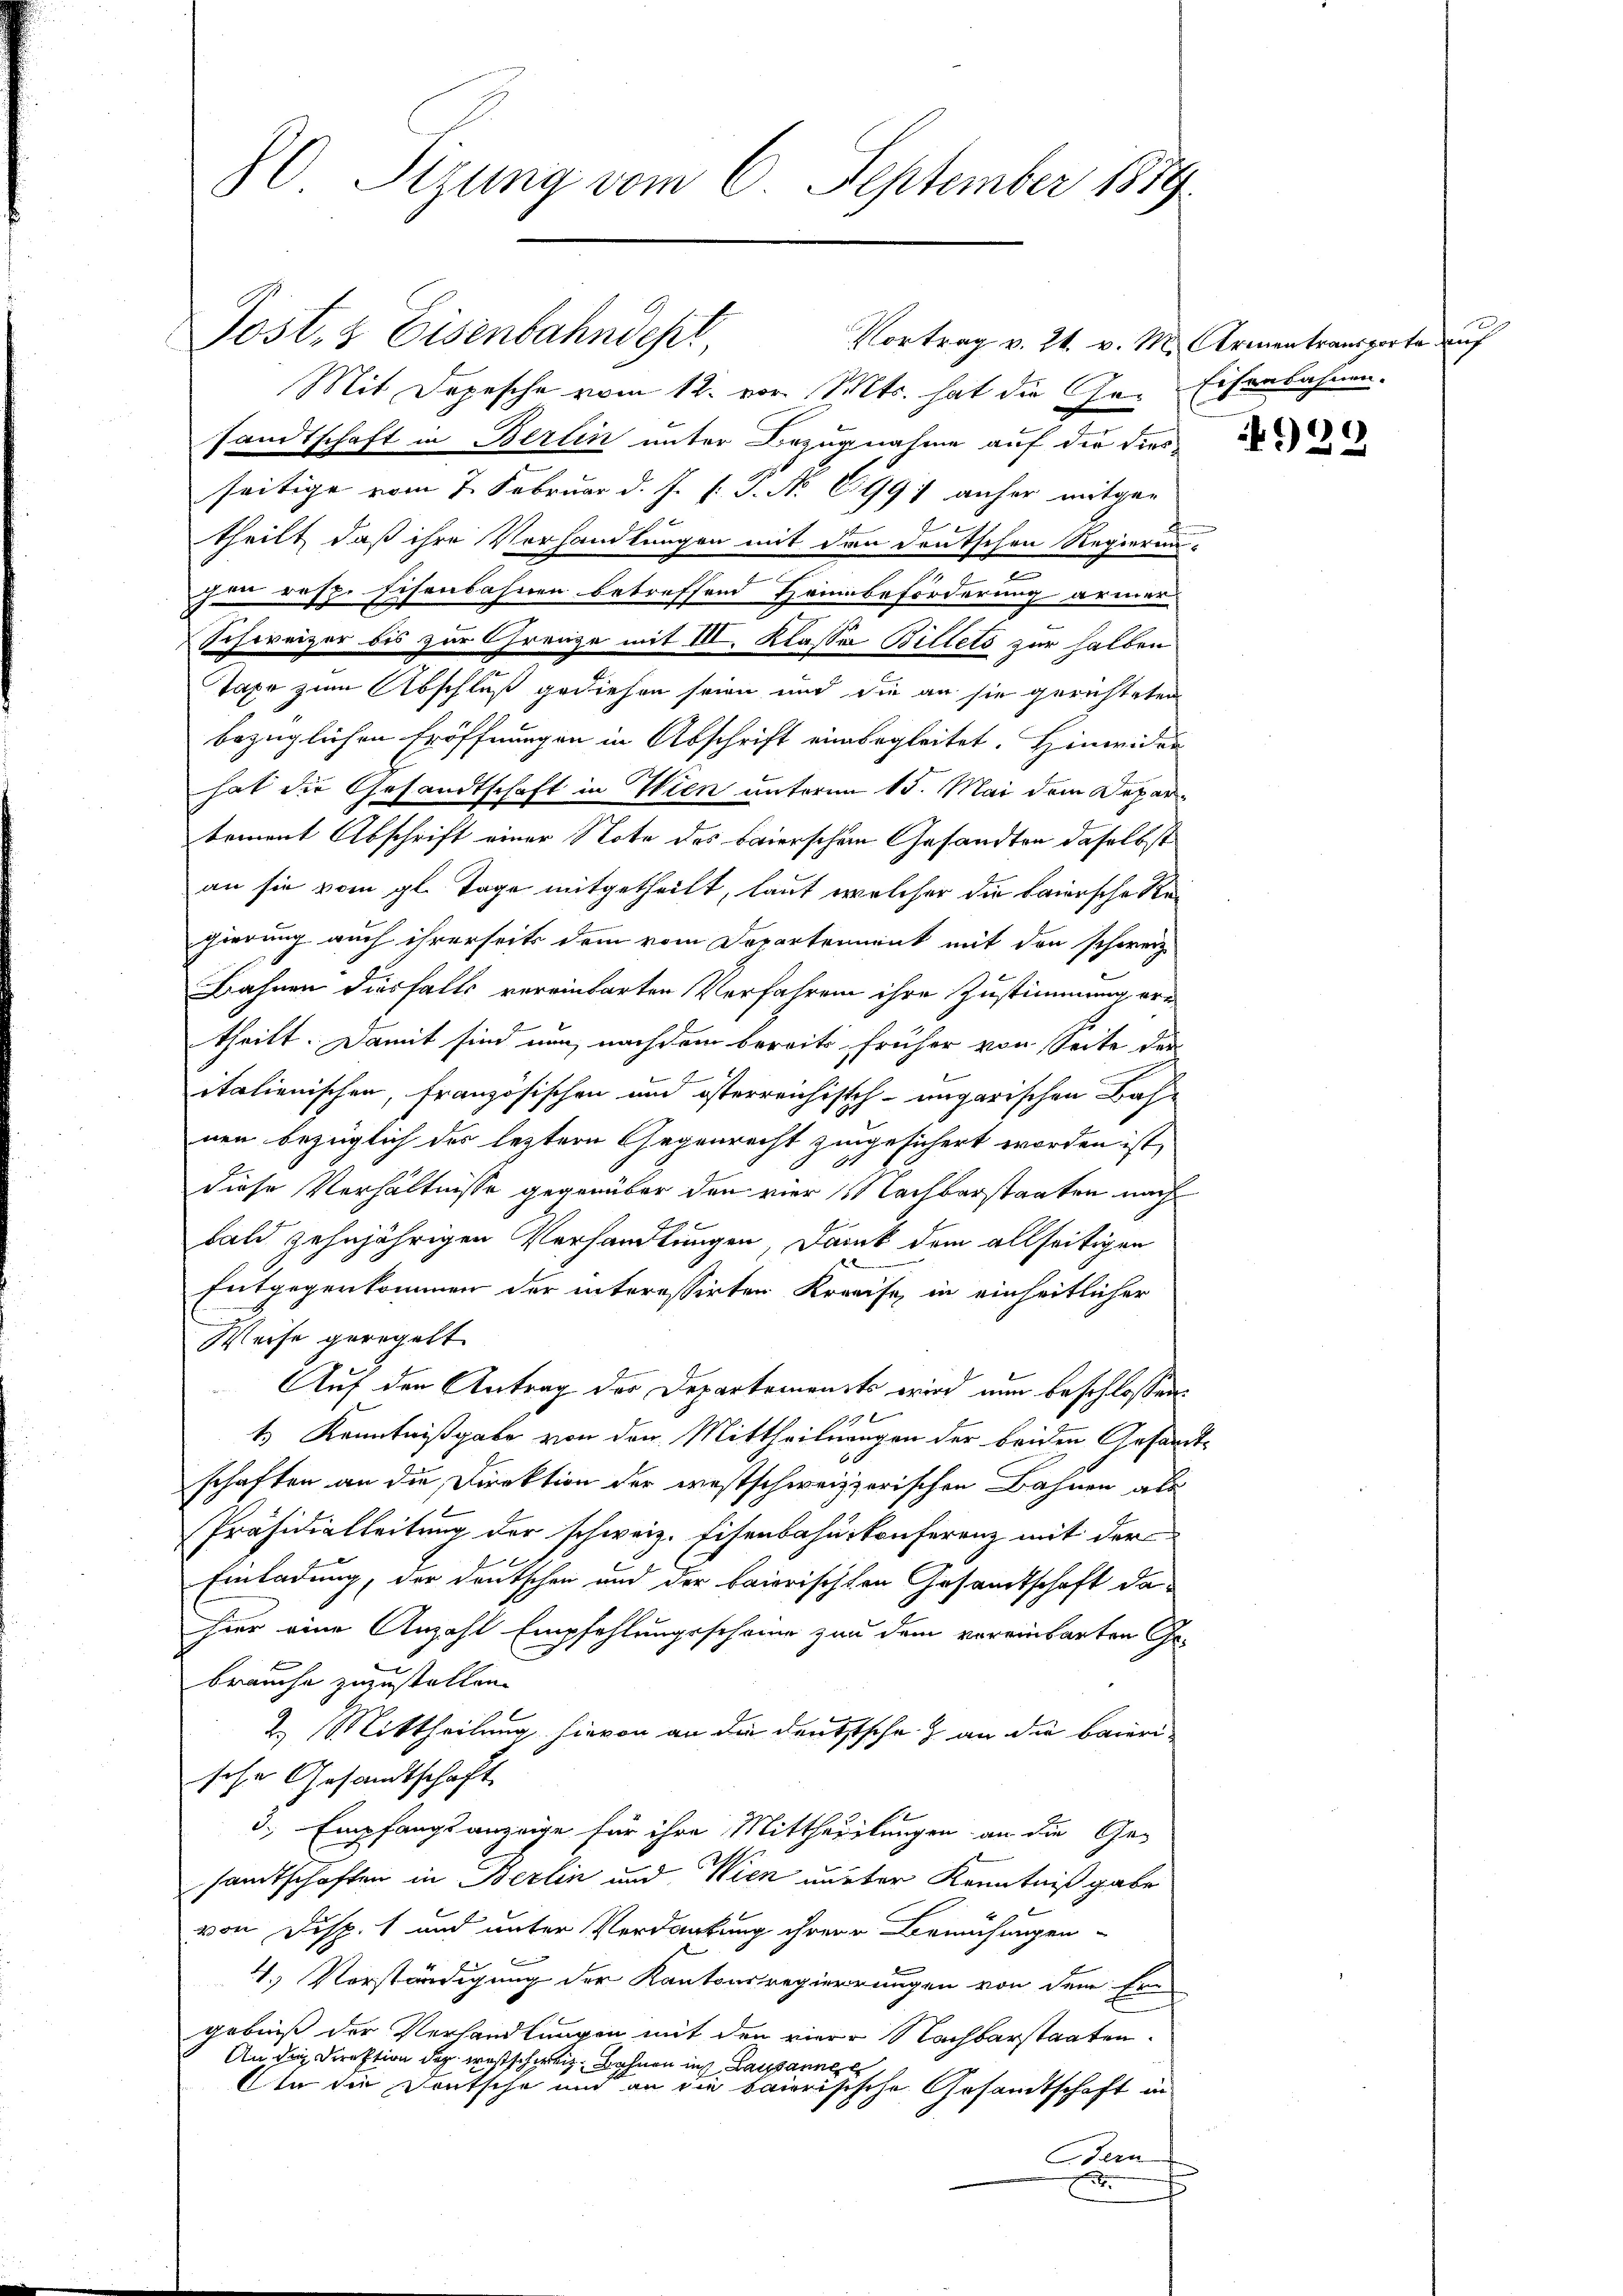
80 Sizung vom 6. September 1889

Post- & Eisenbahndept,
Mit Depesche vom 12. vor. Mts. hat die Ge- Eisenbahnen.
sandtschaft in Berlin unter Bezugnahme auf der diesseitige vom 7. Februar d. J. J. J. No. 6119) anher mitgetheilt, daß ihre Vorhandlungen mit den deutschen Regierun-
c
chen resp. Eisenbahnen betreffend Heumbeförderung armer
Schweizer bis zur Grenze mit III. Klasse Billets zur halben
Taxe zum Abschluß gediesen seien und die an sie gerichteten
bezüglichen Eröffnungen in Abschrift einbegleitet. Hinwider
hat die Gesandtschaft in Wien unterm 15. Mai dem Departoment Abschrift einer Note des Baierschen Gesandten daselbst
an sie vom gl. Tage mitgetheilt, laut welcher die baiersche Regierung auch ihrerseits dem vom Departement mit den schweiz
Bahnen diesfalls vereinbarten Verfahren ihre Zustimmung, ern
i
theilt. Damit sind nun nachdem bereits früher von Seite des
v Fon
italienischen, französischen am österreichisch-ungarischen Bahnen bezüglich der leztern Gegenrecht zingesichert worden ist,
diese Verhältnisse gegenüber den vier Nachbarstaaten nach
bald zehnjährigen Verhandlungen, Dank dem allseitigen
leben
Entgegenkommen der interessirten Kreise, in einheitlicher
Weise geregelt
Auf den Antrag der Departements wird nun beschlossen:
1
1.) Kenntnißgabe von den Mittheilungen der beiden Gesandtschaften an die Direktion der westschweizerischen Bahnen als
Präsidialleitung der schweiz. Eisenbahnkonferenz mit der
Einladung, der deutschen und der baierischten Gesandtschaft dahier eine Anzahl Empfehlungsscheine zur dem voreinbarten Ge-
brauche zuzustellen.
2. Mittheilung hievon an die Denkstsche & an die Baierische Gesandtschaft
3., Empfangsanzeige für ihre Mittheilungen an die Gesamtschaften in Berlin und Wien unter Kenntniß gabe
von Disp. 1 und unter Verdankung ihrere Bemühungen
4.) Vorständigung der Kantonsregierrungen von dem Ern
gebniß der Verhandlungen mit den viere Nachbarstaaten.
An die Direktion der westschweiz, Bahnen ins Lausanne
te die Deutsche und an die baierisische Gesandtschaft in
Bern
E

Vortrag v. 24. v. M. Armentransporte auf

2
92